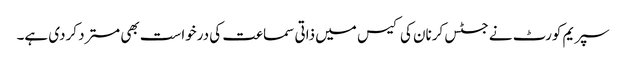
سپریم کورٹ نے جسٹس کرنان کی کیس میں ذاتی سماعت کی درخواست بھی مسترد کردی ہے۔